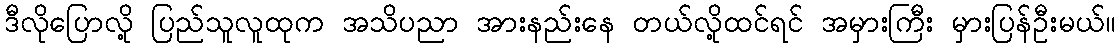
ဒီလိုပြောလို့ ပြည်သူလူထုက အသိပညာ အားနည်းနေ တယ်လို့ထင်ရင် အမှားကြီး မှားပြန်ဦးမယ်။